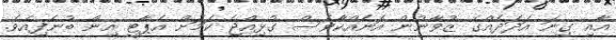
އާއި ގިނަ އަދަދެއްގެ ޒުވާނުން އަނެއްކާވެސް ގުޅިއްޖެ ކަމަށް އެޕާޓީ އިން ބުނެފިއެވެ.